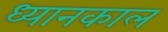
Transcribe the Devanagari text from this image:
ध्यानकाल